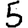
Digit: 5